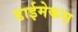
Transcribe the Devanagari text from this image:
डाईमेकस